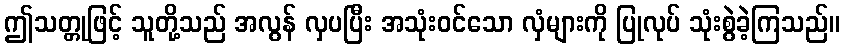
ဤသတ္တုဖြင့် သူတို့သည် အလွန် လှပပြီး အသုံးဝင်သော လှံများကို ပြုလုပ် သုံးစွဲခဲ့ကြသည်။